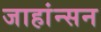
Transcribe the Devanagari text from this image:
जाहांन्सन